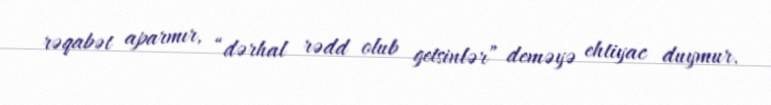
rəqabət aparmır, “dərhal rədd olub getsinlər” deməyə ehtiyac duymur.